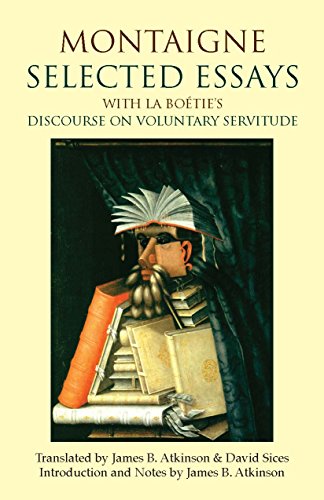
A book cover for Montaigne: Selected Essays: with La BoÃ©tie's Discourse on Voluntary Servitude (Hackett Classics); Michel de Montaigne; Politics & Social Sciences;